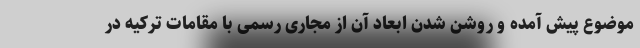
موضوع پیش آمده و روشن شدن ابعاد آن از مجاری رسمی با مقامات ترکیه در